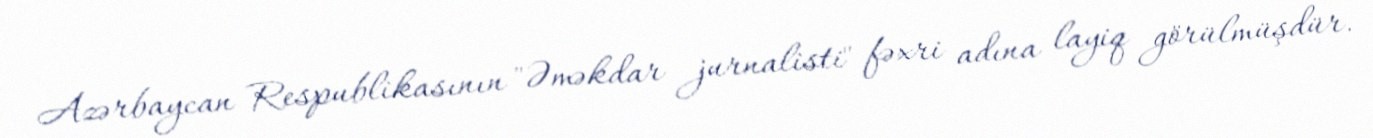
Azərbaycan Respublikasının "Əməkdar jurnalisti" fəxri adına layiq görülmüşdür.